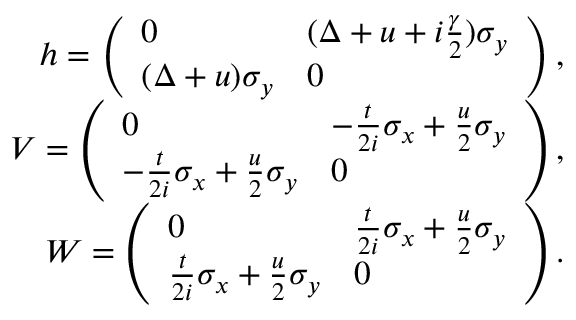
\begin{array} { r } { h = \left( \begin{array} { l l } { 0 } & { ( \Delta + u + i \frac { \gamma } { 2 } ) \sigma _ { y } } \\ { ( \Delta + u ) \sigma _ { y } } & { 0 } \end{array} \right) , } \\ { V = \left( \begin{array} { l l } { 0 } & { - \frac { t } { 2 i } \sigma _ { x } + \frac { u } { 2 } \sigma _ { y } } \\ { - \frac { t } { 2 i } \sigma _ { x } + \frac { u } { 2 } \sigma _ { y } } & { 0 } \end{array} \right) , } \\ { W = \left( \begin{array} { l l } { 0 } & { \frac { t } { 2 i } \sigma _ { x } + \frac { u } { 2 } \sigma _ { y } } \\ { \frac { t } { 2 i } \sigma _ { x } + \frac { u } { 2 } \sigma _ { y } } & { 0 } \end{array} \right) . } \end{array}